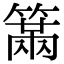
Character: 𥲈